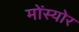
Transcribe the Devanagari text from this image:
मोंस्योर